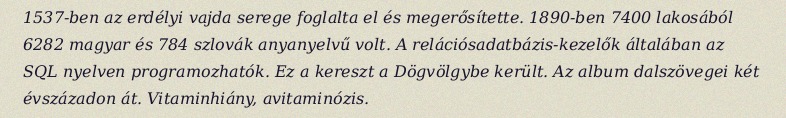
1537-ben az erdélyi vajda serege foglalta el és megerősítette. 1890-ben 7400 lakosából 6282 magyar és 784 szlovák anyanyelvű volt. A relációsadatbázis-kezelők általában az SQL nyelven programozhatók. Ez a kereszt a Dögvölgybe került. Az album dalszövegei két évszázadon át. Vitaminhiány, avitaminózis.